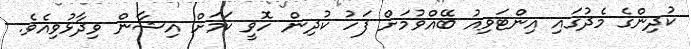
ކުދިންގެ މެދުގައި އިންޓަވިއު ބޭއްވުމަށް ފަހު ކުދިން ހޮވީ ކަމަށް އިޝާން ވިދާޅުވިއެވެ.